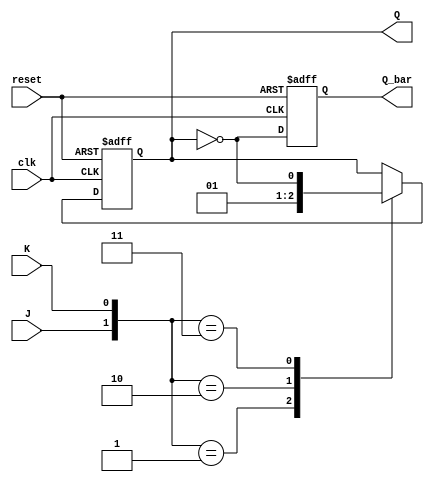
module jk_flip_flop (
  input J, 
  input K, 
  input clk,
  input reset,
  output reg Q,
  output reg Q_bar
);

  always @(posedge clk or posedge reset) begin // Triggered when clk or reset goes from 0->1
    if (reset) begin // If reset is 1, set Q=0 and Q'=1
      Q <= 1'b0; 
      Q_bar <= 1'b1;
    end else begin
      case ({J, K})
        2'b00: ;  // J=0, K=0 -> No change
        2'b01: Q <= 1'b0;  // J=0, K=1 -> Reset
        2'b10: Q <= 1'b1;  // J=1, K=0 -> Set
        2'b11: Q <= ~Q;  // J=1, K=1 -> Toggle
      endcase
      Q_bar <= ~Q;
    end
  end
endmodule